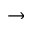
\to